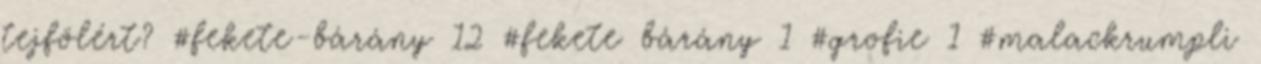
tejfölért? #fekete-bárány 12 #fekete bárány 1 #grofie 1 #malackrumpli